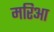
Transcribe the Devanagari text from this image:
मरिआ